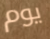
يوم